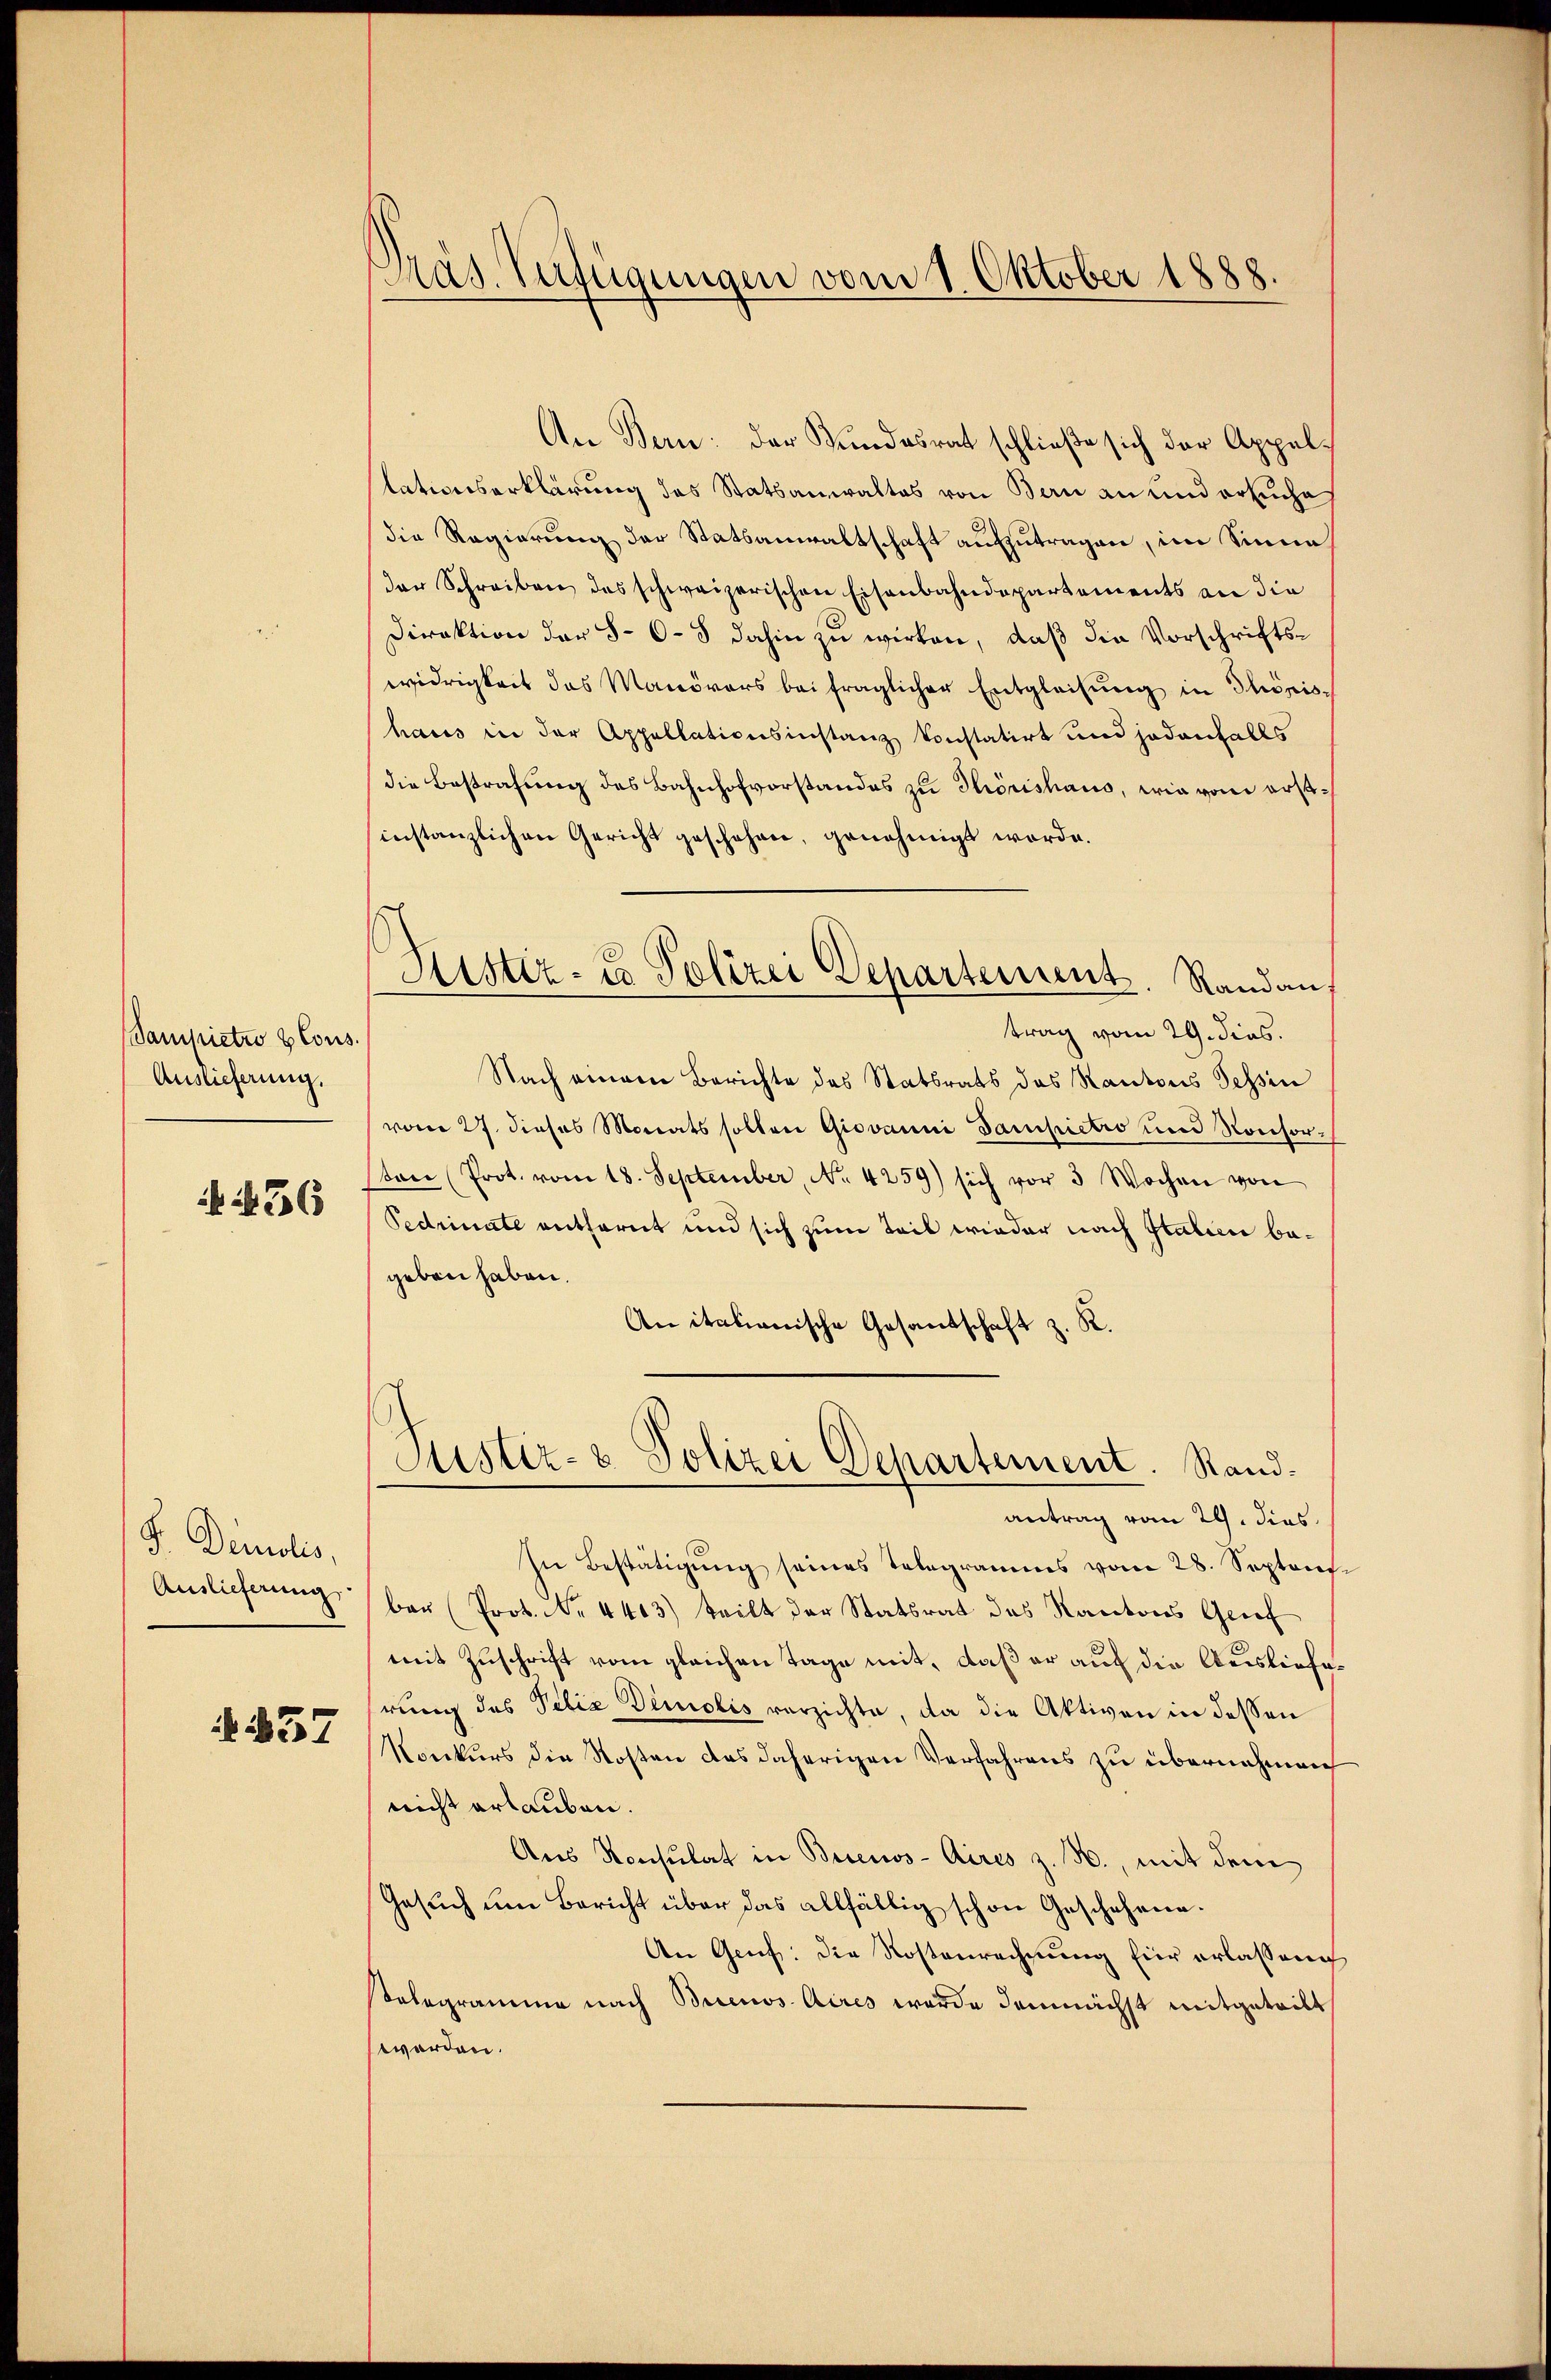
Sampietwo blous.
Auslieferung.

436

F. Demois.
Auslieferung

N 137

Präs. Verfügungen vom 1. Oktober 1888.

Kister- & Polizei Departement. Randan

An Bern: der Bundesrat schließe sich der Appellationserklärung des Statsanwaltes von Bern an und ersuche
die Regierung der Statsanwaltschaft aufzutragen, im Sinne
der Schreiben des schweizerischen Eisenbahndepartements an die
Direktion der 8-6-8 dahin zu wirken, daß die Vorschriftswidrigkeit des Manövers bei fraglicher Entgleitŭng in Phönis-
haus in der Appellationsinstanz konstatirt und jedenfalls
die Bestrafung des Bahnhofvorstandes zu Thorishaus, wie vom erstinstanzlichen Gericht geschehen, genehmigt werde.
trag vom 29. dies.
Nach einem Berichte des Statsrats des Kantons Tessin
vom 27. dieses Monats sollen Giovanni Dampictio und Konsor-
ton (Prot. vom 18. September, No. 4259) sich vor 3 Wochen von
Pedrinate entfernt und sich zum Teil wieder nach Italien begeben haben.
An italianische Gesandschaft z. K.
Justiz- & Polizei Departement. Standantrag vom 29. dies
In Bestätigŭng seines Telegramms vom 28. Septen
ber (Prot. No. 4403) teilt der Statsrat des Kantons Grief
mit Zuschrift vom gleichen Tage mit, daß er auf die Auslieferung des Velia Demolis verzichte, da die Aktiven in dessen
Konkurs die Kosten das daherigen Verfahrens zu übernehmen
nicht erlauben.
Aus Konsulat in Buenos-Aires z. B., mit dem
Gesuch um Bericht über das allfällig schon Geschehen.
An Gruf: Die Kostenrechnung für erlassen
selegramme nach Buenos Aires wurde demnächst mitgeteilt
werden.